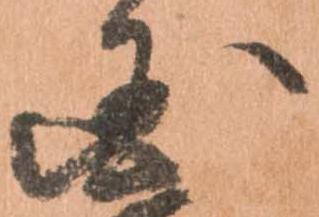
国